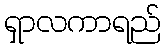
ရှာလကာရည်